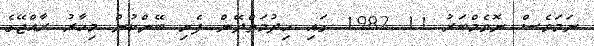
ނަމަވެސް ނޮވެމްބަރު 11 1982 ގައި ހިދުމަތްދޭން ފެށި ބޭންކުން މިހާރު ރާއްޖޭގެ